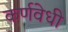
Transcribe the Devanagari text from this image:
कर्णवेधी